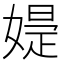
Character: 𡠕